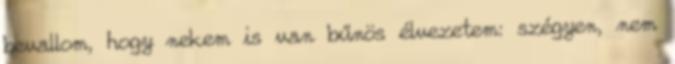
bevallom, hogy nekem is van bűnös élvezetem: szégyen, nem